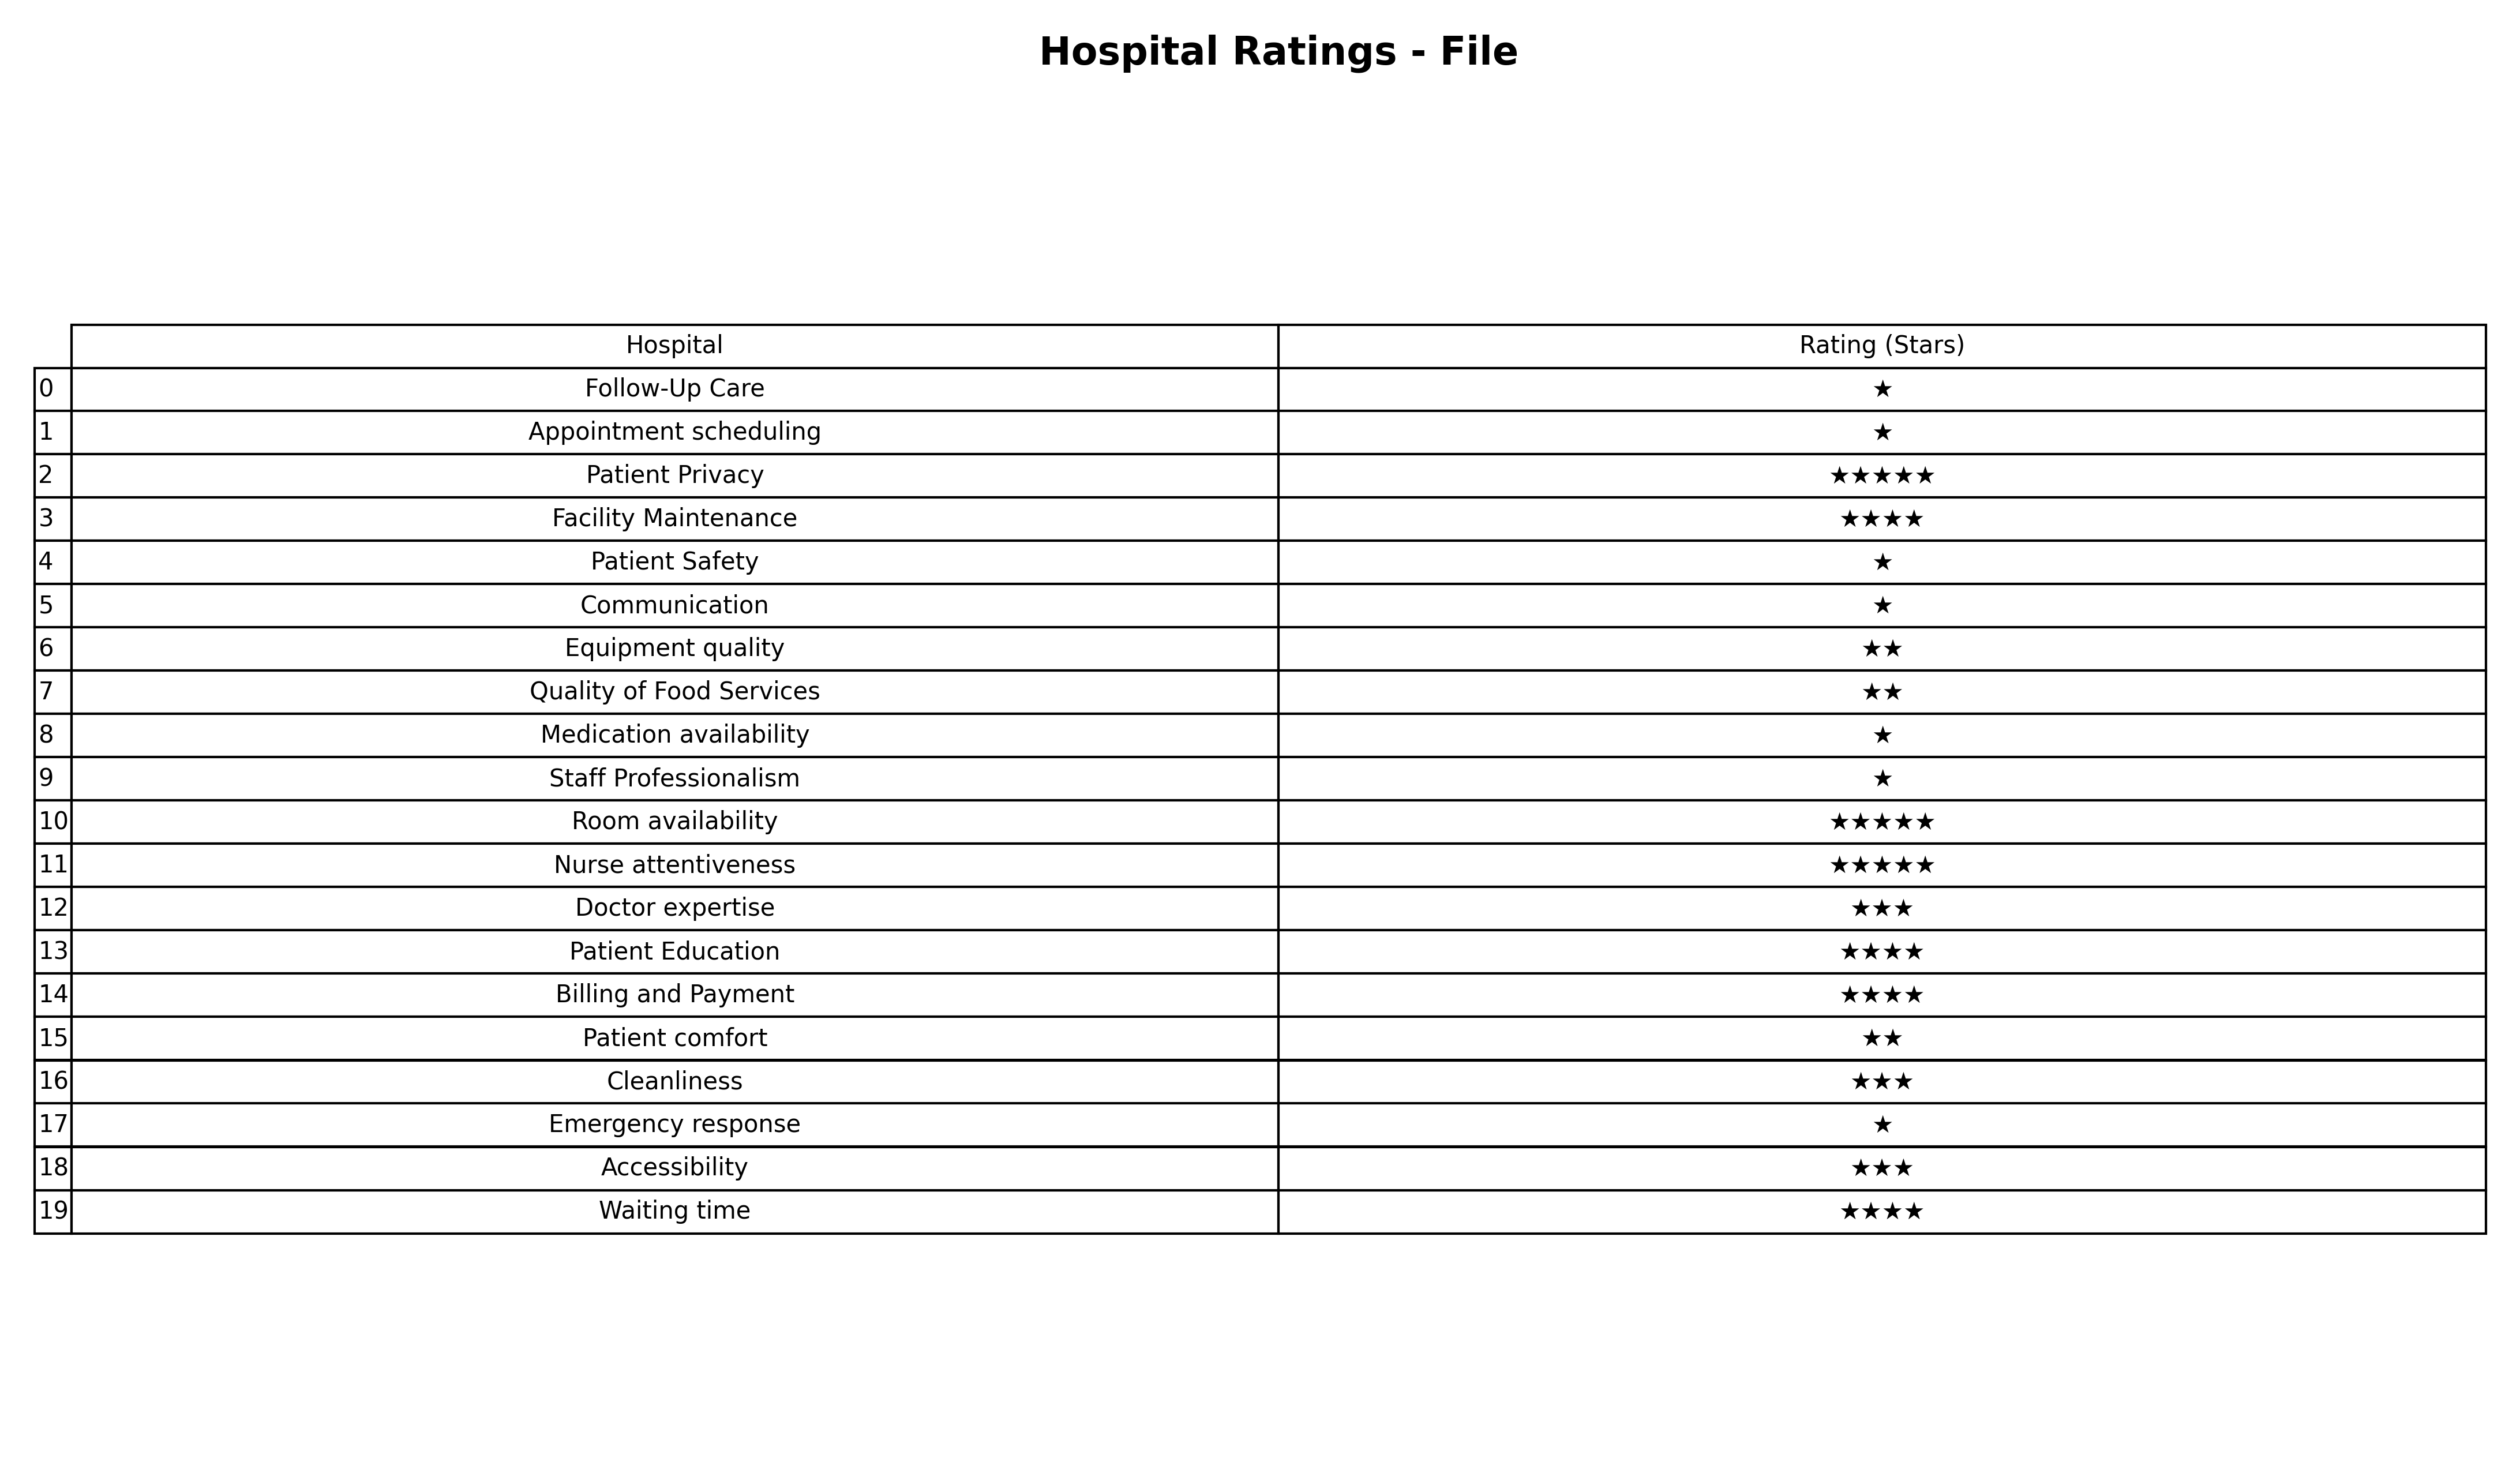
question: What are one star services?
answer: Follow-Up CareAppointment schedulingPatient SafetyCommunicationMedication availabilityStaff ProfessionalismEmergency response